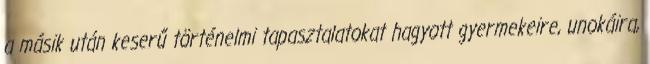
a másik után keserű történelmi tapasztalatokat hagyott gyermekeire, unokáira,